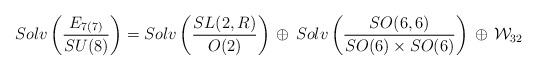
LaTeX: \begin{align*}Solv \left( \frac{E_{7(7)}}{ SU(8)} \right )= Solv \left(\frac{SL(2,R)}{O(2)} \right )\, \oplus \, Solv \left( \frac {SO(6,6)}{SO(6)\times SO(6) } \right) \,\oplus \, {\cal W}_{32}\end{align*}